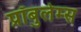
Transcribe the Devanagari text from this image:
प्रॉबुलेम्स